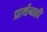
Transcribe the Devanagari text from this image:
प्रार्थनाही